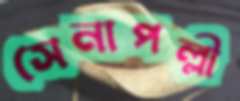
সেনাপল্লী